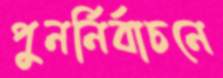
পুনর্নির্বাচনে